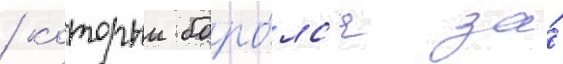
/ которыи боро́лс'я за́